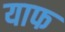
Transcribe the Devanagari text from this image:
याफ